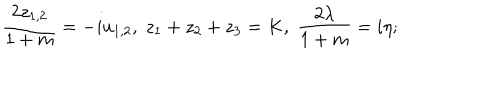
LaTeX: { \frac { 2 z _ { 1 , 2 } } { 1 + m } } = - i u _ { 1 , 2 } , \; z _ { 1 } + z _ { 2 } + z _ { 3 } = K , \; { \frac { 2 \lambda } { 1 + m } } = i \eta ;